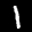
Label: 1